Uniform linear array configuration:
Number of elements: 16
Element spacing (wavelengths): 0.25
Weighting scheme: exponential
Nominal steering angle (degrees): -30
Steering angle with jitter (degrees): -29.071
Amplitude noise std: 0.05
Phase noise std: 0.05

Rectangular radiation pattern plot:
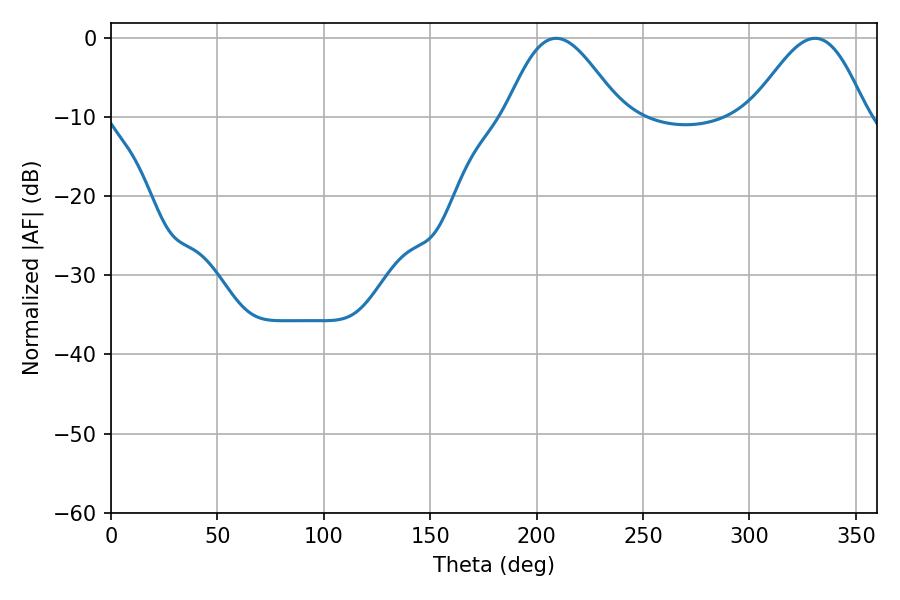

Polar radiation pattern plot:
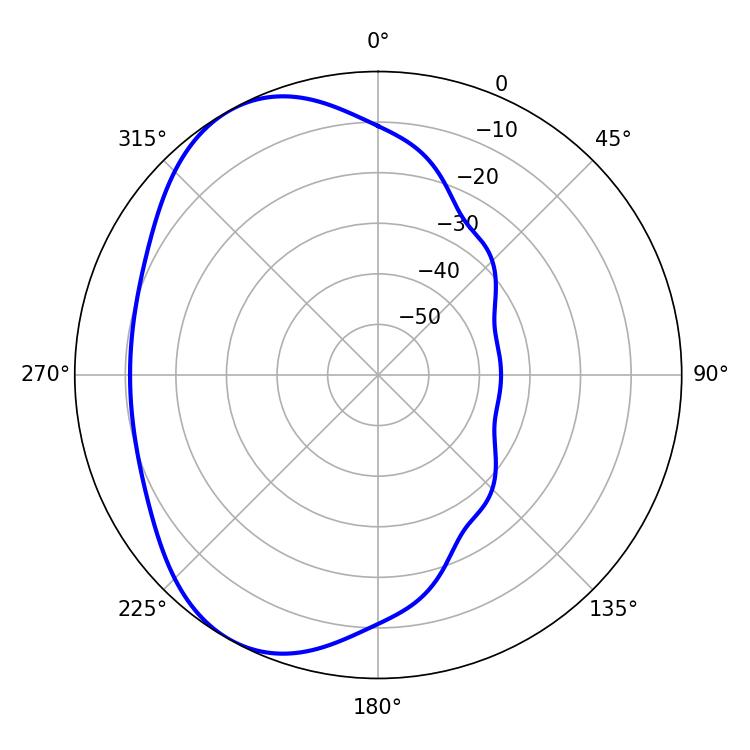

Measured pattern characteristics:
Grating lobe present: FALSE
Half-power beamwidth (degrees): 28.8
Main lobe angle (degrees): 209.16